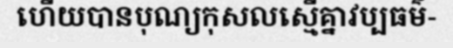
ហើយបានបុណ្យកុសលស្មើគ្នាវប្បធម៌-